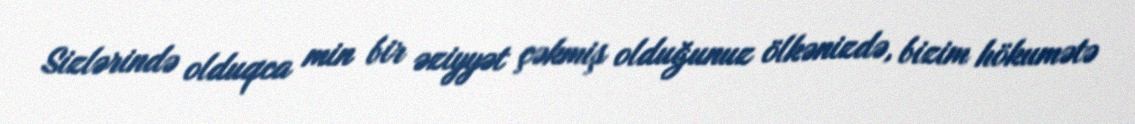
Sizlərində olduqca min bir əziyyət çəkmiş olduğunuz ölkənizdə, bizim hökumətə